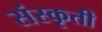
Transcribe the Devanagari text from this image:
संस्कृती